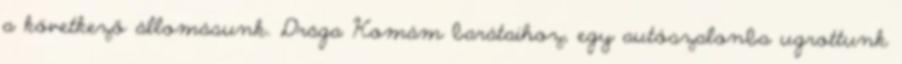
a következő állomásunk. Drága Komám barátaihoz, egy autószalonba ugrottunk